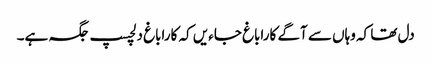
دل تھا کہ وہاں سے آگے کاراباغ جاءیں کہ کاراباغ دلچسپ جگہ ہے۔